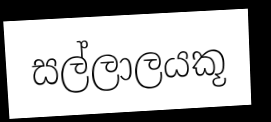
සල්ලාලයකූ